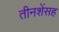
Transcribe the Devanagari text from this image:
तीनशेंसह